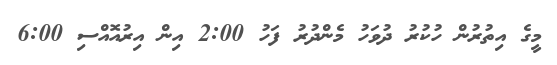
މީގެ އިތުރުން ހުކުރު ދުވަހު މެންދުރު ފަހު 2:00 އިން އިރުއޮއްސި 6:00